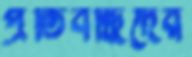
প্রতিবন্ধিদের